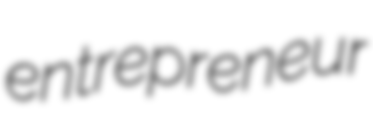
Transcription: entrepreneur